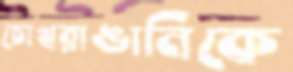
চোখরাঙানিকে